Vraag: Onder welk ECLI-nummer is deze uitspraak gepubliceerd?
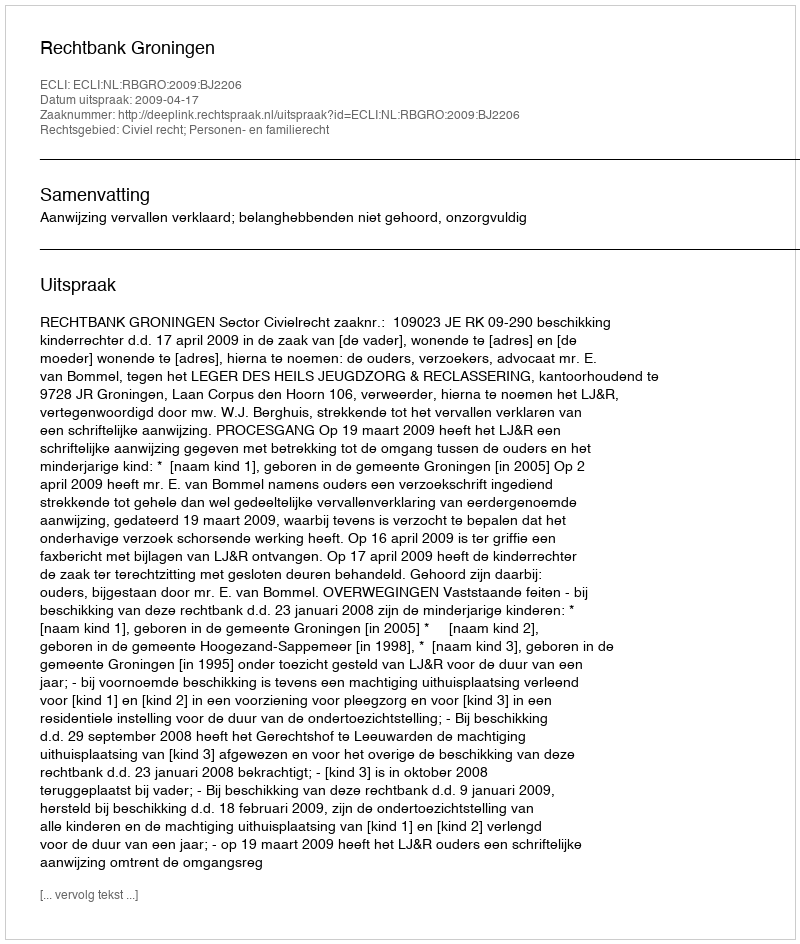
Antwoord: ECLI:NL:RBGRO:2009:BJ2206